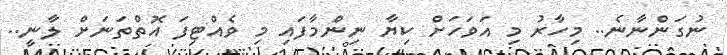
ނުގަންނާނެ.. މިހާރު މި އަވަހަށް ކިޔާ ނިންމާފައި މި ވެއްޓިފަ އޮތްތަނަށް ލާނީ..